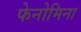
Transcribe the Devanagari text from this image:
फेनोमिना